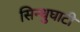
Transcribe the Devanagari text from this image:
सिन्‍धुघाटी